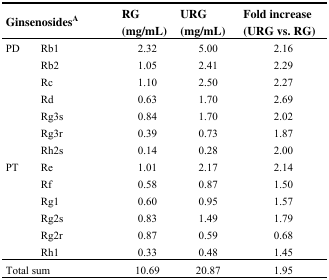
| <COLSPAN=2> GinsenosidesA | RG (mg/mL) | URG (mg/mL) | Fold increase (URG vs. RG) |
 | --- | --- | --- | --- | --- |
 | PD | Rb1 | 2.32 | 5.00 | 2.16 |
 |  | Rb2 | 1.05 | 2.41 | 2.29 |
 |  | Rc | 1.10 | 2.50 | 2.27 |
 |  | Rd | 0.63 | 1.70 | 2.69 |
 |  | Rg3s | 0.84 | 1.70 | 2.02 |
 |  | Rg3r | 0.39 | 0.73 | 1.87 |
 |  | Rh2s | 0.14 | 0.28 | 2.00 |
 | PT | Re | 1.01 | 2.17 | 2.14 |
 |  | Rf | 0.58 | 0.87 | 1.50 |
 |  | Rg1 | 0.60 | 0.95 | 1.57 |
 |  | Rg2s | 0.83 | 1.49 | 1.79 |
 |  | Rg2r | 0.87 | 0.59 | 0.68 |
 |  | Rh1 | 0.33 | 0.48 | 1.45 |
 | <COLSPAN=2> Total sum | 10.69 | 20.87 | 1.95 |